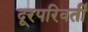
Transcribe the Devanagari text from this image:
दूरपरिवर्ती